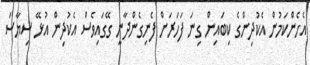
އެހެންކަމުން އެކުދިންގެ ކިބައިން ގިނަ ފަހަރަށް ފެނިގެންދާނީ ގޭގައިވެސް އެކުދިން އުޅޭ ސިޔާސަ